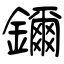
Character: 鑈